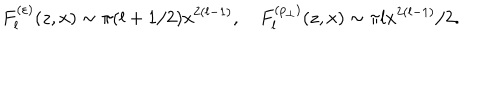
F _ { l } ^ { ( \varepsilon ) } ( z , x ) \sim \pi ( l + 1 / 2 ) x ^ { 2 ( l - 1 ) } , \quad F _ { l } ^ { ( p _ { \perp } ) } ( z , x ) \sim \pi l x ^ { 2 ( l - 1 ) } / 2 .